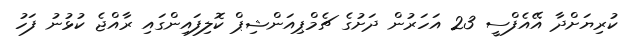
ކުރިޔަށްދާ އޭއެފްސީ 23 އަހަރުން ދަށުގެ ޗެމްޕިއަންޝިޕް ކޮލިފައިންގައި ރާއްޖެ ކުޅުނު ފަހު